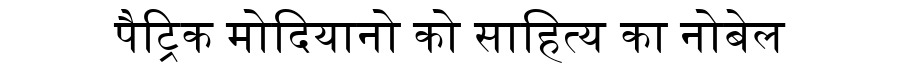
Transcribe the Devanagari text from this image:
पैट्रिक मोदियानो को साहित्य का नोबेल